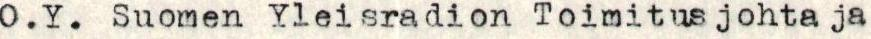
O.Y. Suomen Yleisradion Toimitusjohtaja